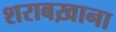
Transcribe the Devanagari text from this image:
शराबख़ाना